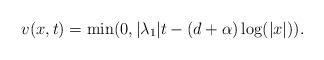
LaTeX: \begin{align*}v(x,t) = \min (0, |\lambda_1| t - (d+\alpha) \log(|x|)).\end{align*}